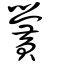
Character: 黌